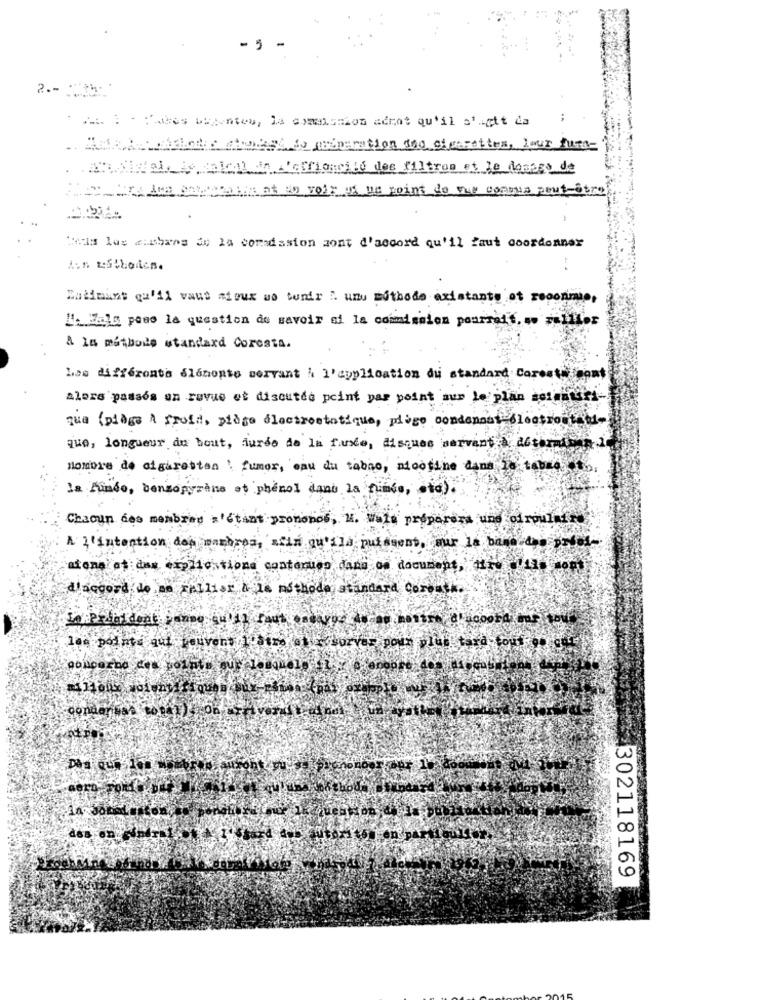
2 .- "th:
.. : - he wants, le omission adrat qu'il s'agit da
. MURATThat does No eiparation no clearattes, jour fun-
at to voir of un point de vue connus peut-être
Heis las auchans de la comsdssion sont d'accord qu'il faut coordonner
A.s Estholes.
Zatimuns qu'il vaut mieux wo tenir ". unu Eithode existants ot reoonmie,
L'a.Hela pose la question de savoir si la commission pourrait ... railler
& is methods standard Coresta.
Les différents élénopto servant à l'application du standard Corentin sont
Alors passos on revue et discutde peint pas point sur le plan somminuti-
que (piège A froid, pidge électrostatique, piùgo condannati électroutat-
que, longueur du bout, furde de la fuste, disques servant a actoral
nombre de cigarettes : fumor, eau du tabno, nicotine dans la table
la fundo, benzopyrène et phenol dano La fundo, etc).
Chacun des membres s'étant pronomes, M. Wale préparer une circulaire
A l'intention don marbres, afin qu'ils puissent, sur la base des proof-
atone? at:des explications contenues dans oa document,'Hru 435 sont
d'accord de me Fallisr & 16 nsthode standard Coreuti.
les points qui peuvent Ibtre oles sorver pour plus tard tout on gire
302118169